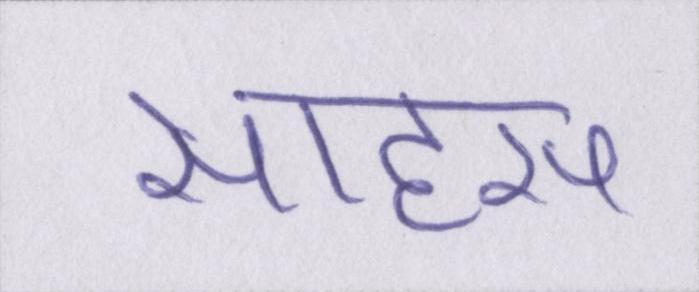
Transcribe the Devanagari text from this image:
साहस